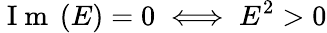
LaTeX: \mathrm{~I~m~}\left(E\right)=0\iff E^{2}>0